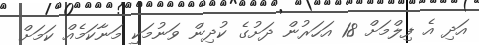
އަދި އެ ފިލްމަށް 18 އަހަރުން ދަށުގެ ކުދިން ވަނުމަކީ މަނާކަމެއް ކަމަށް